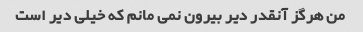
من هرگز آنقدر دیر بیرون نمی مانم که خیلی دیر است